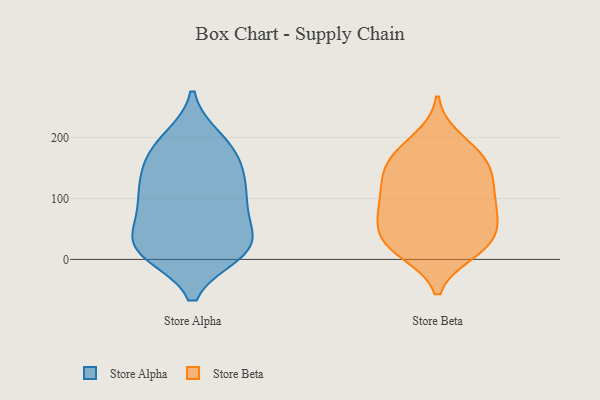
{"axis": {"x": "Inventory Turnover", "y": "Value"}, "legend": ["Store Alpha", "Store Beta"], "data": [{"x": "", "y": 10, "type": "Store Alpha"}, {"x": "", "y": 181, "type": "Store Alpha"}, {"x": "", "y": 14, "type": "Store Alpha"}, {"x": "", "y": 198, "type": "Store Alpha"}, {"x": "", "y": 22, "type": "Store Alpha"}, {"x": "", "y": 137, "type": "Store Alpha"}, {"x": "", "y": 116, "type": "Store Alpha"}, {"x": "", "y": 123, "type": "Store Alpha"}, {"x": "", "y": 72, "type": "Store Alpha"}, {"x": "", "y": 15, "type": "Store Alpha"}, {"x": "", "y": 82, "type": "Store Alpha"}, {"x": "", "y": 30, "type": "Store Alpha"}, {"x": "", "y": 117, "type": "Store Alpha"}, {"x": "", "y": 86, "type": "Store Alpha"}, {"x": "", "y": 19, "type": "Store Alpha"}, {"x": "", "y": 15, "type": "Store Alpha"}, {"x": "", "y": 63, "type": "Store Alpha"}, {"x": "", "y": 169, "type": "Store Alpha"}, {"x": "", "y": 194, "type": "Store Alpha"}, {"x": "", "y": 155, "type": "Store Alpha"}, {"x": "", "y": 136, "type": "Store Beta"}, {"x": "", "y": 94, "type": "Store Beta"}, {"x": "", "y": 182, "type": "Store Beta"}, {"x": "", "y": 133, "type": "Store Beta"}, {"x": "", "y": 87, "type": "Store Beta"}, {"x": "", "y": 198, "type": "Store Beta"}, {"x": "", "y": 50, "type": "Store Beta"}, {"x": "", "y": 103, "type": "Store Beta"}, {"x": "", "y": 54, "type": "Store Beta"}, {"x": "", "y": 126, "type": "Store Beta"}, {"x": "", "y": 82, "type": "Store Beta"}, {"x": "", "y": 12, "type": "Store Beta"}, {"x": "", "y": 167, "type": "Store Beta"}, {"x": "", "y": 22, "type": "Store Beta"}, {"x": "", "y": 24, "type": "Store Beta"}, {"x": "", "y": 158, "type": "Store Beta"}, {"x": "", "y": 158, "type": "Store Beta"}, {"x": "", "y": 36, "type": "Store Beta"}, {"x": "", "y": 14, "type": "Store Beta"}, {"x": "", "y": 69, "type": "Store Beta"}]}